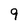
Character: 9